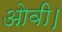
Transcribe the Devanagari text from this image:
ओवी।